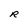
Character: R